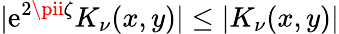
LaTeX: |\mathrm{e}^{2\pii\zeta}K_{\nu}(x,y)|\le|K_{\nu}(x,y)|